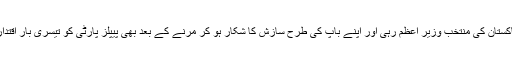
بھٹو کی بیٹی دو بار پاکستان کی منتخب وزیر اعظم رہی اور اپنے باپ کی طرح سازش کا شکار ہو کر مرنے کے بعد بھی پیپلز پارٹی کو تیسری بار اقتدار تک رسائی دے گئی۔